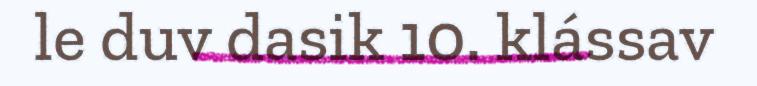
le duv dasik 10. klássav